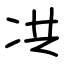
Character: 㓋